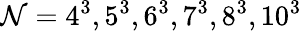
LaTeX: \mathcal{N}=4^{3},5^{3},6^{3},7^{3},8^{3},10^{3}